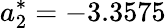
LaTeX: a_{2}^{*}=-3.3575